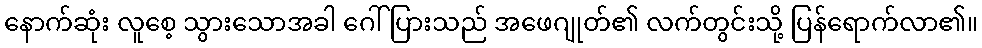
နောက်ဆုံး လူစေ့ သွားသောအခါ ဂေါ်ပြားသည် အဖေဂျုတ်၏ လက်တွင်းသို့ ပြန်ရောက်လာ၏။